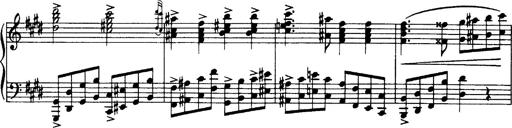
Title: OuvertÃ¼re zu TannhÃ¤user
Composer: Franz Liszt